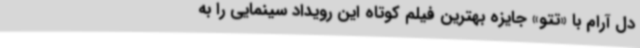
دل آرام با «تتو» جایزه بهترین فیلم کوتاه این رویداد سینمایی را به